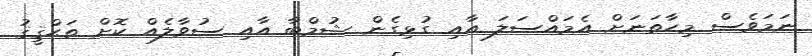
ނަމަވެސް މިހާތަނަށް އެމައްސަލަ އާއި ގުޅިގެން ޝުމްބާ އާއި ސުވާލެއް ކޮށް ތަޙްޤީޤު